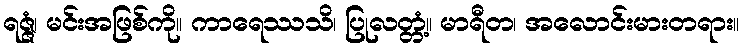
ရဇ္ဇံ၊ မင်းအဖြစ်ကို။ ကာရေဿသိ၊ ပြုလတ္တံ့။ မာရီတ၊ အလောင်းမားတရား။